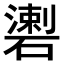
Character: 𥖍